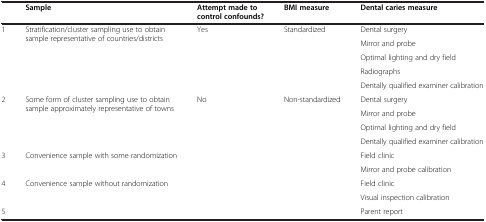
<table><thead><tr><td><b> </b></td><td><b>Sample</b></td><td><b>Attempt made to control confounds?</b></td><td><b>BMI measure</b></td><td><b>Dental caries measure</b></td></tr></thead><tbody><tr><td rowspan="5">1</td><td rowspan="5">Stratification/cluster sampling use to obtain sample representative of countries/districts</td><td rowspan="5">Yes</td><td rowspan="5">Standardized</td><td>Dental surgery</td></tr><tr><td>Mirror and probe</td></tr><tr><td>Optimal lighting and dry field</td></tr><tr><td>Radiographs</td></tr><tr><td>Dentally qualified examiner calibration</td></tr><tr><td rowspan="4">2</td><td rowspan="4">Some form of cluster sampling use to obtain sample approximately representative of towns</td><td rowspan="4">No</td><td rowspan="4">Non-standardized</td><td>Dental surgery</td></tr><tr><td>Mirror and probe</td></tr><tr><td>Optimal lighting and dry field</td></tr><tr><td>Dentally qualified examiner calibration</td></tr><tr><td rowspan="2">3</td><td rowspan="2">Convenience sample with some randomization</td><td rowspan="2"> </td><td rowspan="2"> </td><td>Field clinic</td></tr><tr><td>Mirror and probe calibration</td></tr><tr><td rowspan="2">4</td><td rowspan="2">Convenience sample without randomization</td><td rowspan="2"> </td><td rowspan="2"> </td><td>Field clinic</td></tr><tr><td>Visual inspection calibration</td></tr><tr><td>5</td><td> </td><td> </td><td> </td><td>Parent report</td></tr></tbody></table>